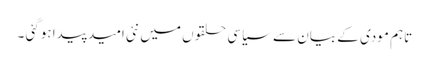
تاہم مودی کے بیان سے سیاسی حلقوں میں نئی امید پیدا ہوگئی ۔